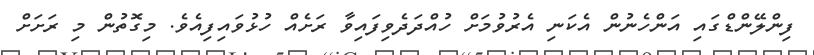
ފިންލޭންޑްގައި އަންހެނުން އެކަނި އެރުވުމަށް ހުއްދަދެވިފައިވާ ރަށެއް ހުޅުވައިފިއެވެ. މިގޮތުން މި ރަށަށް